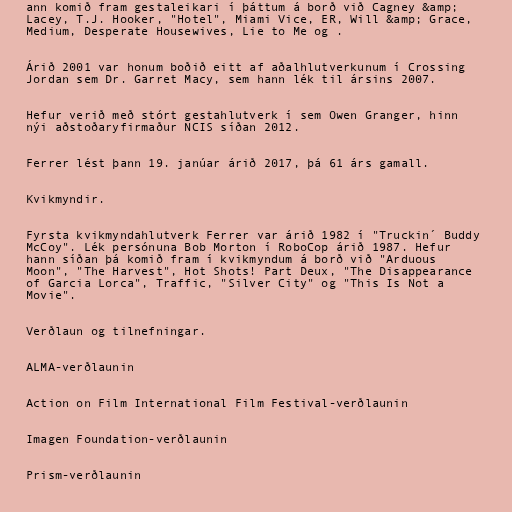
ann komið fram gestaleikari í þáttum á borð við Cagney &amp;
Lacey, T.J. Hooker, "Hotel", Miami Vice, ER, Will &amp; Grace,
Medium, Desperate Housewives, Lie to Me og .

Árið 2001 var honum boðið eitt af aðalhlutverkunum í Crossing
Jordan sem Dr. Garret Macy, sem hann lék til ársins 2007.

Hefur verið með stórt gestahlutverk í sem Owen Granger, hinn
nýi aðstoðaryfirmaður NCIS síðan 2012.

Ferrer lést þann 19. janúar árið 2017, þá 61 árs gamall.

Kvikmyndir.

Fyrsta kvikmyndahlutverk Ferrer var árið 1982 í "Truckin´ Buddy
McCoy". Lék persónuna Bob Morton í RoboCop árið 1987. Hefur
hann síðan þá komið fram í kvikmyndum á borð við "Arduous
Moon", "The Harvest", Hot Shots! Part Deux, "The Disappearance
of Garcia Lorca", Traffic, "Silver City" og "This Is Not a
Movie".

Verðlaun og tilnefningar.

ALMA-verðlaunin

Action on Film International Film Festival-verðlaunin

Imagen Foundation-verðlaunin

Prism-verðlaunin